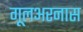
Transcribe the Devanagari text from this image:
गूलअरनास